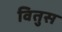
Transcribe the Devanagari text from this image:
वितुस